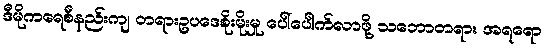
ဒီမိုကရေစီနည်းကျ တရားဥပဒေစိုးမိုးမှု ပေါ်ပေါက်လာဖို့ သဘောတရား အရရော